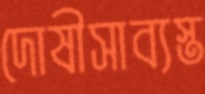
দোষীসাব্যস্ত